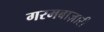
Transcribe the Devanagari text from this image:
गरमबाज़ारी